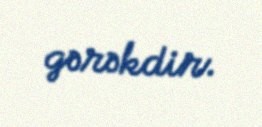
gərəkdir.